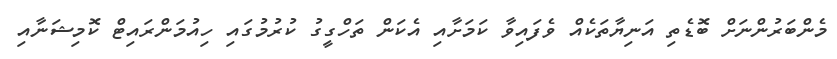
މެންބަރުންނަށް ބޮޑެތި އަނިޔާތަކެއް ވެފައިވާ ކަމަށާއި އެކަން ތަހްގީގު ކުރުމުގައި ހިއުމަންރައިޓް ކޮމިޝަނާއި